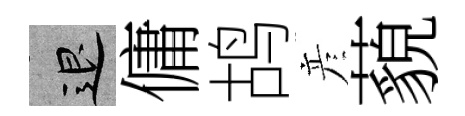
退傭鸪彦藐